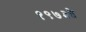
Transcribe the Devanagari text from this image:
१९७३ते